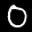
Label: 0